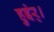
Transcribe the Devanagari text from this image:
हुइंर्।